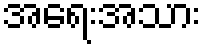
အရေးအသား